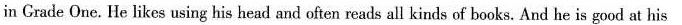
in Grade One. He likes using his head and often reads all kinds of books. And he is good at his